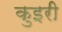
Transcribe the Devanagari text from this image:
कुइरी